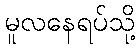
မူလနေရပ်သို့